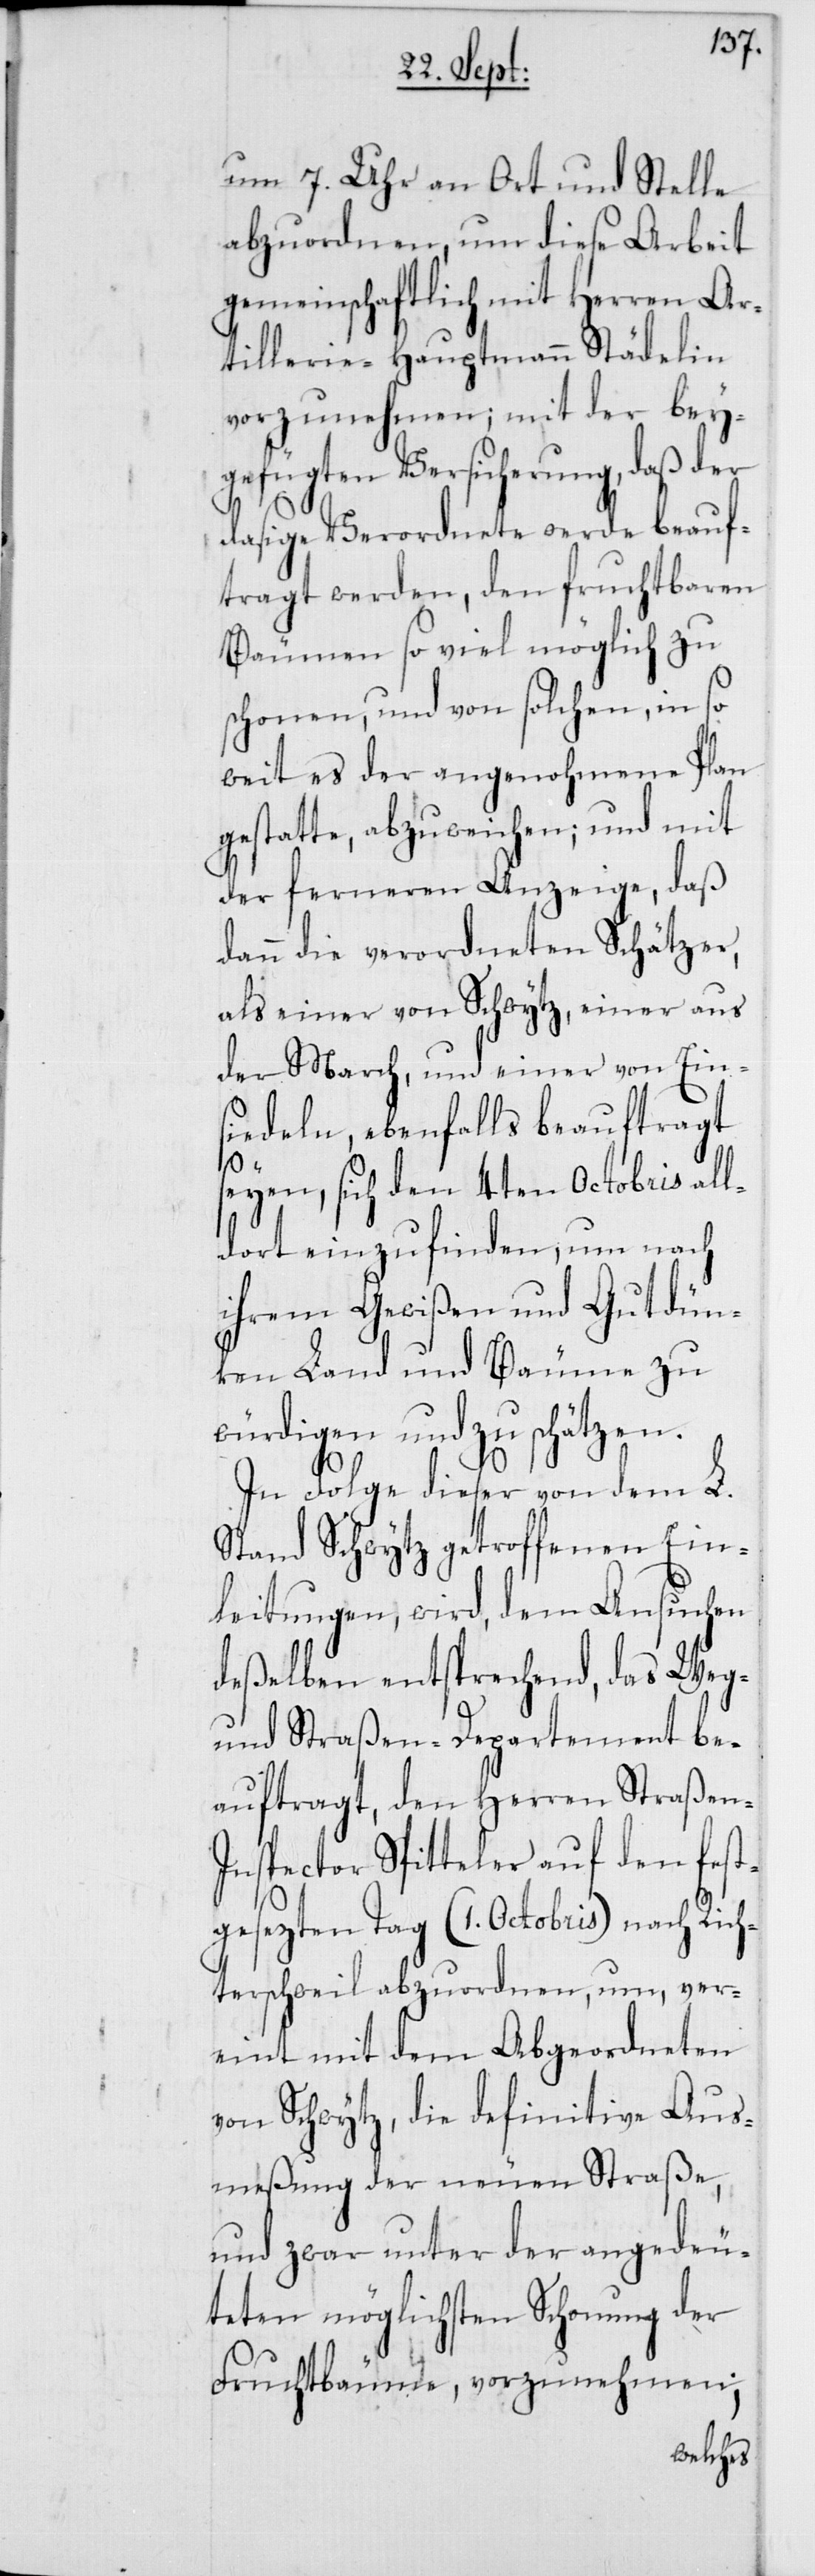
um 7. Uhr an Ort und Stelle
abzuordnen, um diese Arbeit
gemeinschaftlich mit Herren Ar¬
tillerie-Hauptmann Städelin
vorzunehmen; mit der bey¬
gefügten Versicherung, daß der
dasige Verordnete werde beauf¬
tragt werden, den fruchtbaren
Bäumen so viel möglich zu
schonen, und solchen, in so
weit es der angenohmene Plan
gestatte, abzuweichen; und mit
der ferneren Anzeige, daß
dann die verordneten Schätzer,
als einer von Schwytz, einer aus
der March, und einer von Ein¬
siedeln, ebenfalls beauftragt
seyen, sich den 4ten Octobris all¬
dort einzufinden, um nach
ihrem Gewißen und Gutdün¬
ken Land und Bäume zu
würdigen und zu schätzen.
In Folge dieser von dem L.
Stand Schwytz getroffenen Ein¬
leitungen, wird, dem Ansuchen
deßelben entsprechend, das Weg-
und Straßen-Departement be¬
auftragt, den Herren Straßen-I¬
nspector Spitteler auf den fest¬
gesezten Tag (1. Octobris) nach Rich¬
terschweil abzuordnen, um, ver¬
eint mit dem Abgeordneten
von Schwytz, die definitive Aus¬
meßung der neuen Straße,
und zwar unter der angedeu¬
teten möglichsten Schonung der
vorzunehmen;
Fruchtbäume,